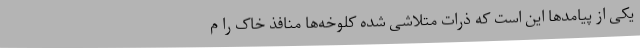
یکی از پیامدها این است که ذرات متلاشی شده کلوخه‌ها منافذ خاک را م